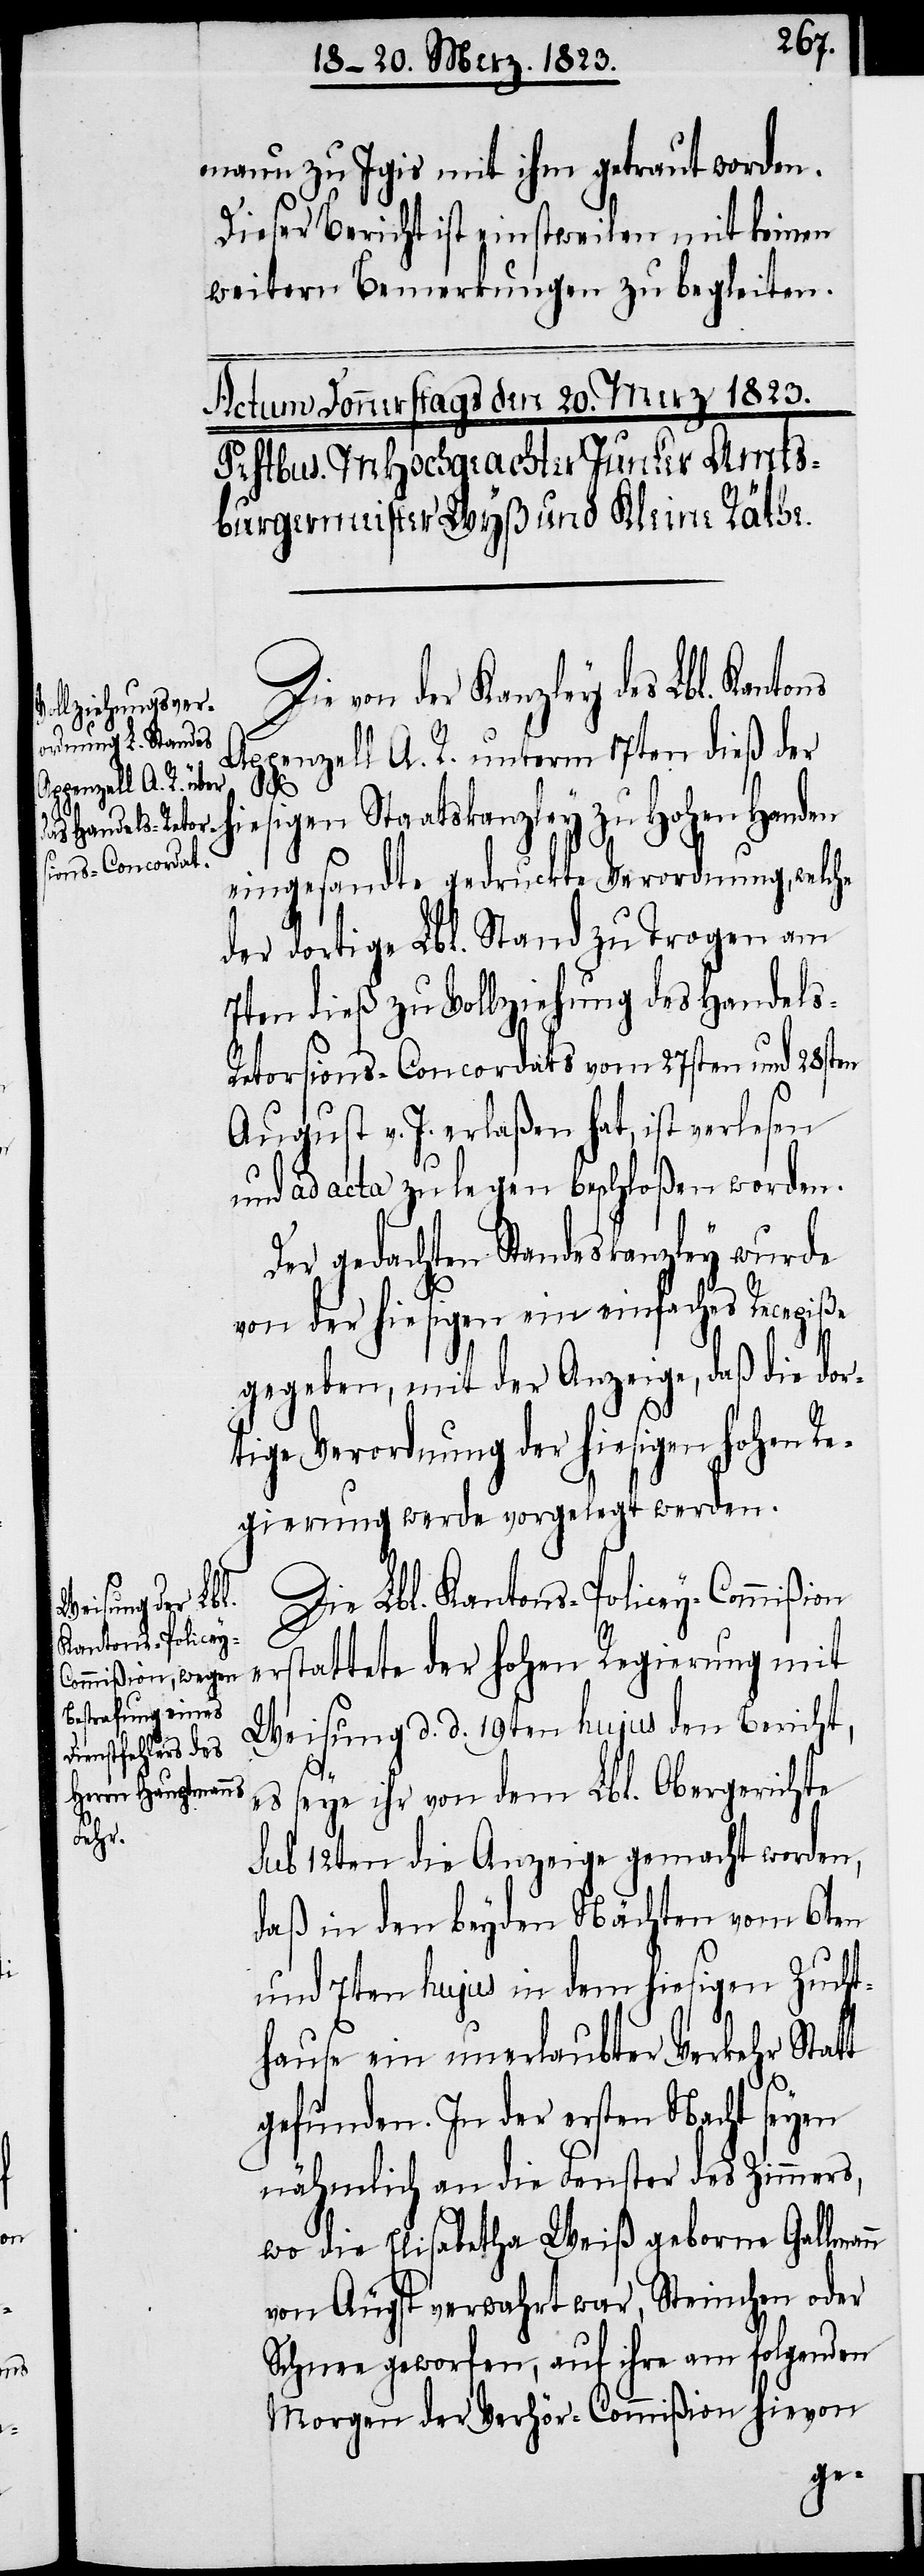
manu zu Igis mit ihm getraut worden.
Dieser Bericht ist einstweilen mit keinen
weitern Bemerkungen zu begleiten.
Die von der Kanzley des Lbl. Kanto¬
Appenzell A. R. unterm 7ten dieß der
ns
hiesigen Staatskanzley zu Hohen Handen
eingesandte gedruckte Verordnung, welche
der dortige Lbl. Stand zu Trogen am
7ten dieß zu Vollziehung des Handels-R¬
etorsions-Concordats vom 27sten und 28sten
August v. J. erlaßen hat, ist verlesen
und ad acta zu legen beschloßen worden.
Der gedachten Standeskanzley wurde
von der hiesigen ein einfaches Recepiße
gegeben, mit der Anzeige, daß die dor¬
tige Verordnung der hiesigen hohen Re¬
gierung werde vorgelegt werden.
Die Lbl. Kantons-Policey-Commißion
erstattete der hohen Regierung mit
Weisung d. d. 19ten hujus den Bericht,
es seye ihr von dem Lbl. Obergerichte
sub 12ten die Anzeige gemacht worden,
daß in den beyden Nächten vom 6ten
und 7ten hujus in dem hiesigen Zucht¬
hause ein unerlaubter Verkehr Statt
gefunden. In der ersten Nacht seyen
nähmlich an die Fenster des Zimmers,
wo die Elisabetha Weiß geborne Gallmann
von Äugst verwahrt war, Steinchen oder
Schnee geworfen, auf ihre am folgenden
Morgen der Verhör-Commißion hievon